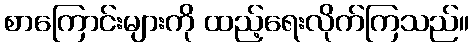
စာကြောင်းများကို ထည့်ရေးလိုက်ကြသည်။